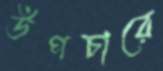
উপচারে